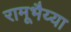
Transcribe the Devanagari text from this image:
रामूभैय्या